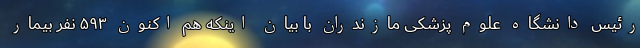
رئیس دانشگاه علوم پزشکی مازندران با بیان اینکه هم اکنون ۵۹۳ نفر بیمار